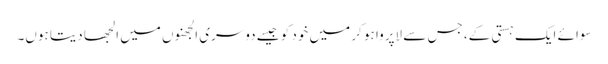
سوائے ایک ہستی کے، جس سے لاپروا ہو کر میں خود کو جیسے دوسری الجھنوں میں الجھا دیتا ہوں۔